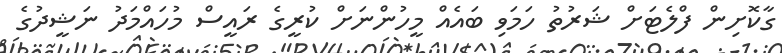
ގާކޮށިން ފްލެޓަށް ޝަރުތު ހަމަވި ބައެއް މީހުންނަށް ކުރީގެ ރައީސް މުހައްމަދު ނަޝީދުގެ